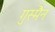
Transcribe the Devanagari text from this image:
गुस्मैन